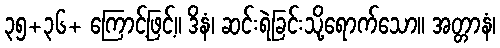
၃၅+၃၆+ ကြောင့်ဖြင့်။ ဒိနံ၊ ဆင်းရဲခြင်းသို့ရောက်သော။ အတ္တာနံ၊